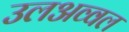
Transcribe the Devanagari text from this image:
उलअव्वल